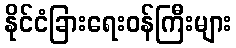
နိုင်ငံခြားရေးဝန်ကြီးများ